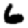
Digit: 6